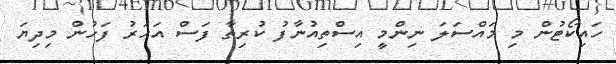
ހައިކޯޓުން މި މައްސަލަ ނިންމީ އިސްތިއުނާފު ކުރިތާ ފަސް އަހަރު ފަހުން މިދިޔަ